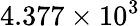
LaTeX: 4.377\times 10^{3}